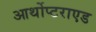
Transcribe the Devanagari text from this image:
आर्थोप्टराएड